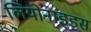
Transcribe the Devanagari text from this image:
लियोनाइडस